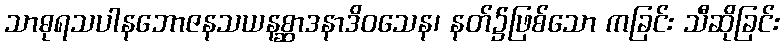
သာဓုရသပါနဘောဇနသယနစ္ဆာဒနာဒိဝသေန၊ နတ်၌ဖြစ်သော ကခြင်း သီဆိုခြင်း